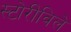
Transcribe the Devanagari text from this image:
स्टोरीविले